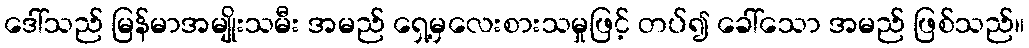
ဒေါ်သည် မြန်မာအမျိုးသမီး အမည် ရှေ့မှလေးစားသမှုဖြင့် တပ်၍ ခေါ်သော အမည် ဖြစ်သည်။